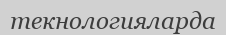
текнологияларда